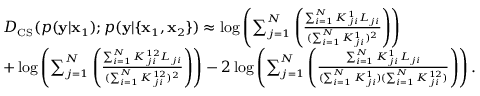
\small \begin{array} { r l } & { D _ { \mathrm { C S } } ( p ( \mathbf { y } | \mathbf { x } _ { 1 } ) ; p ( \mathbf { y } | \{ \mathbf { x } _ { 1 } , \mathbf { x } _ { 2 } \} ) \approx \log \left( \sum _ { j = 1 } ^ { N } \left( \frac { \sum _ { i = 1 } ^ { N } K _ { j i } ^ { 1 } L _ { j i } } { ( \sum _ { i = 1 } ^ { N } K _ { j i } ^ { 1 } ) ^ { 2 } } \right) \right) } \\ & { + \log \left( \sum _ { j = 1 } ^ { N } \left( \frac { \sum _ { i = 1 } ^ { N } K _ { j i } ^ { 1 2 } L _ { j i } } { ( \sum _ { i = 1 } ^ { N } K _ { j i } ^ { 1 2 } ) ^ { 2 } } \right) \right) - 2 \log \left( \sum _ { j = 1 } ^ { N } \left( \frac { \sum _ { i = 1 } ^ { N } K _ { j i } ^ { 1 } L _ { j i } } { ( \sum _ { i = 1 } ^ { N } K _ { j i } ^ { 1 } ) ( \sum _ { i = 1 } ^ { N } K _ { j i } ^ { 1 2 } ) } \right) \right) . } \end{array}